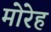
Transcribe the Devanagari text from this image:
मोरेह